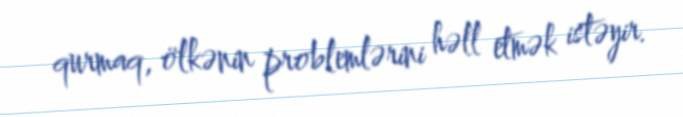
qurmaq, ölkənin problemlərini həll etmək istəyir.